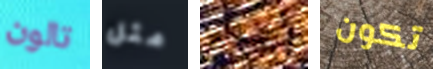
تالون مثل اصلع تكون